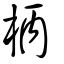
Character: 柄